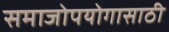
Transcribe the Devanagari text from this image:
समाजोपयोगासाठी